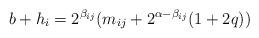
LaTeX: \begin{align*} b + h_i = 2^{\beta_{ij}}(m_{ij} + 2^{\alpha - \beta_{ij}}(1 + 2q))\end{align*}